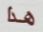
هذا